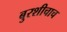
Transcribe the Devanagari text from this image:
बुरशीचाच